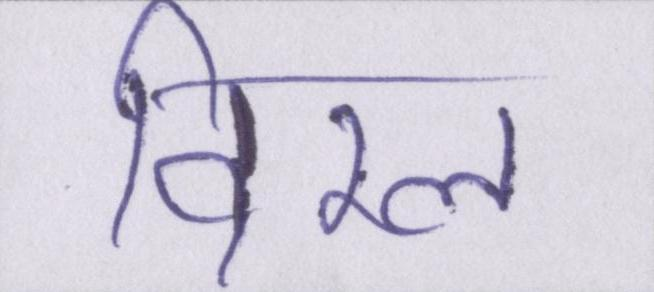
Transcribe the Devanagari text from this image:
विरल